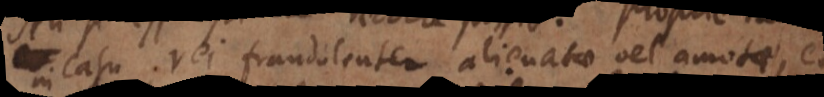
in casu rei fraudulenter alienatae vel amotae, et